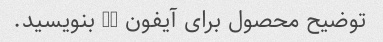
توضیح محصول برای آیفون 12 بنویسید.